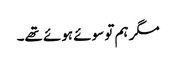
مگر ہم تو سوئے ہوئے تھے۔